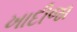
ખાદીજા